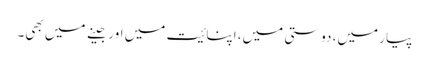
پیار میں، دوستی میں، اپنائیت میں اور جینے میں بھی۔